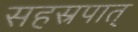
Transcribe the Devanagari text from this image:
सहस्रपात्